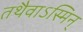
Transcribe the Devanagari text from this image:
तथैवाऽस्मिन्